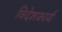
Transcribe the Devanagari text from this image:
विदेशकार्य